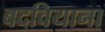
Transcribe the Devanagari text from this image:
बदवियाना